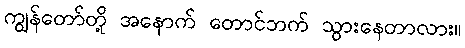
ကျွန်တော်တို့ အနောက် တောင်ဘက် သွားနေတာလား။